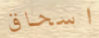
اسحاق